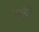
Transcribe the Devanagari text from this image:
सबवेने